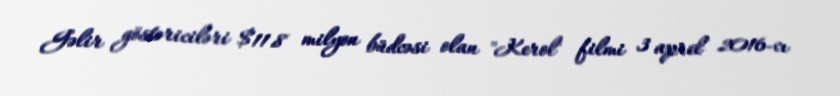
Gəlir göstəriciləri $11.8 milyon büdcəsi olan "Kerol" filmi 3 aprel 2016-cı